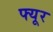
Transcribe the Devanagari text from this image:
फ्यूर